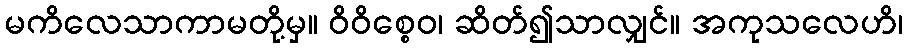
မကိလေသာကာမတို့မှ။ ဝိဝိစ္စေဝ၊ ဆိတ်၍သာလျှင်။ အကုသလေဟိ၊